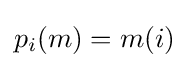
p_{i}(m)=m(i)